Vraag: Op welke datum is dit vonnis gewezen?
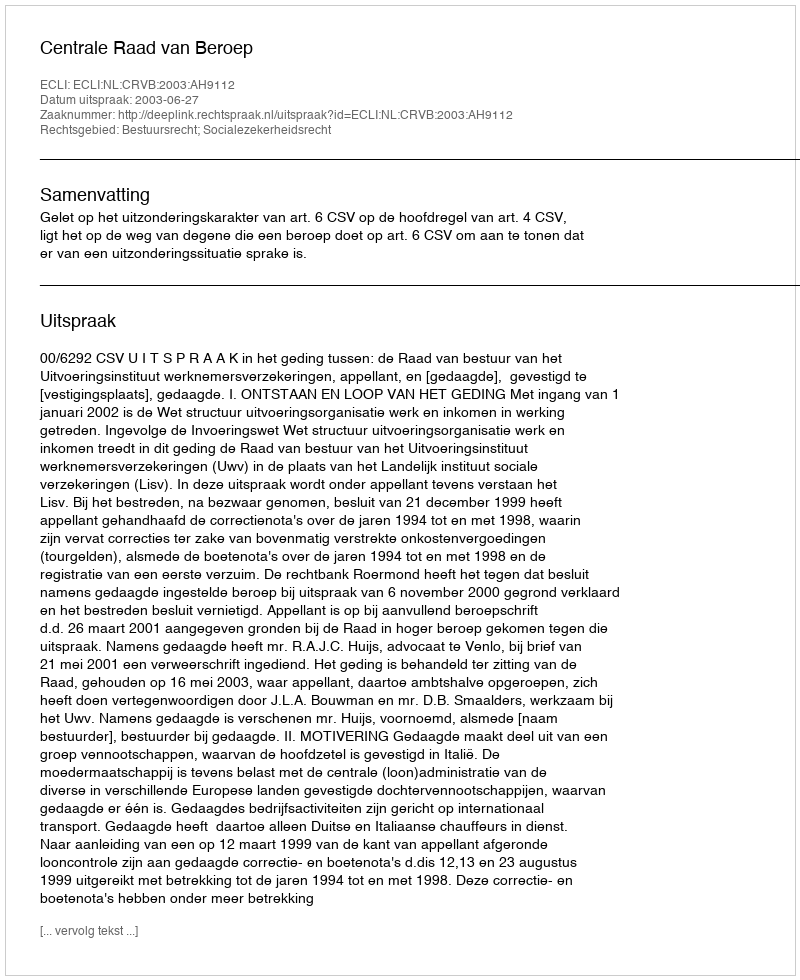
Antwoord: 2003-06-27